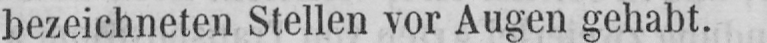
bezeichneten Stellen vor Augen gehabt.